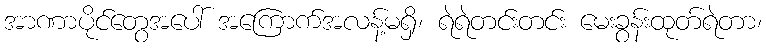
အာဏာပိုင်တွေအပေါ် အကြောက်အလန့်မရှိ၊ ရဲရဲတင်းတင်း မေးခွန်းထုတ်ရဲတာ၊